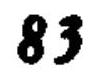
$83$